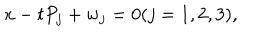
LaTeX: x - t P _ { j } + w _ { j } = 0 ( j = 1 , 2 , 3 ) ,